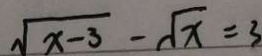
\sqrt { x - 3 } - \sqrt { x } = 3